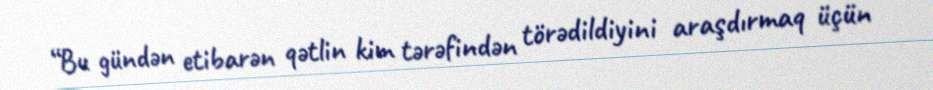
“Bu gündən etibarən qətlin kim tərəfindən törədildiyini araşdırmaq üçün